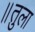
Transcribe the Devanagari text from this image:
॥तुला